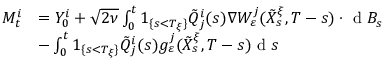
\begin{array} { r l } { M _ { t } ^ { i } } & { = Y _ { 0 } ^ { i } + \sqrt { 2 \nu } \int _ { 0 } ^ { t } 1 _ { \{ s < T _ { \xi } \} } \tilde { Q } _ { j } ^ { i } ( s ) \nabla W _ { \varepsilon } ^ { j } ( \tilde { X } _ { s } ^ { \xi } , T - s ) \cdot \textrm { d } B _ { s } } \\ & { - \int _ { 0 } ^ { t } 1 _ { \{ s < T _ { \xi } \} } \tilde { Q } _ { j } ^ { i } ( s ) g _ { \varepsilon } ^ { j } ( \tilde { X } _ { s } ^ { \xi } , T - s ) \textrm { d } s } \end{array}